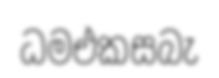
ධමඑකසබැ